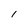
Character: I